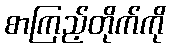
စာကြည့်တိုက်ကို